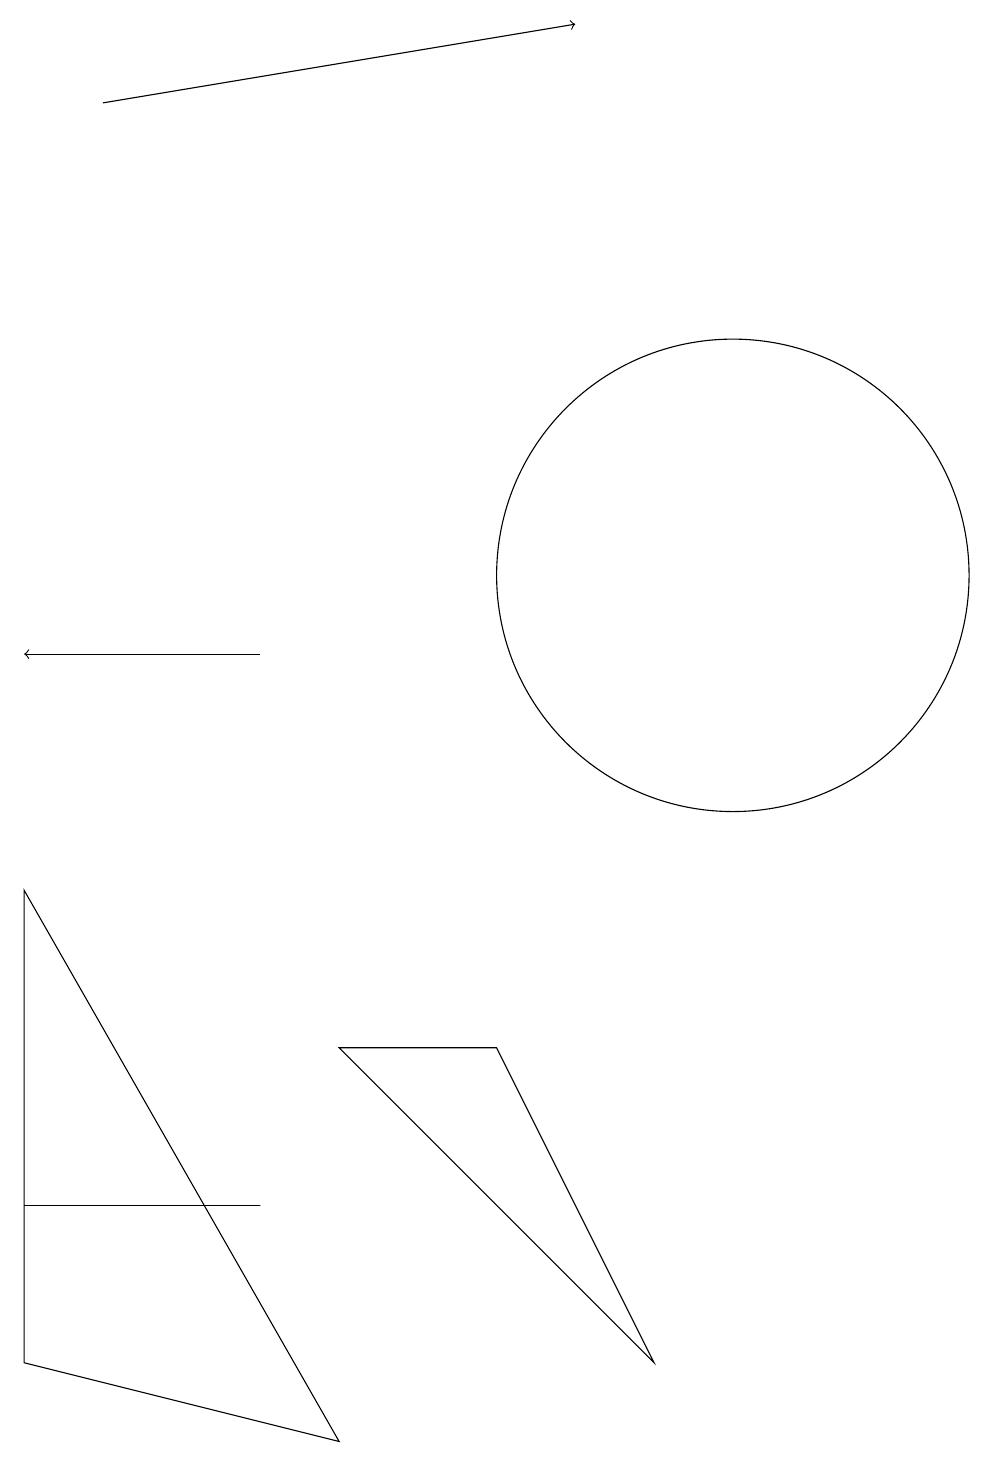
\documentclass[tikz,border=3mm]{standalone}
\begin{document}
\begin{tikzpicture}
\draw[->] (2,17) -- (8,18);
\draw[->] (4,10) -- (1,10);
\draw (1,3) -- (4,3) -- (2,3) -- cycle;
\draw (5,5) -- (7,5) -- (9,1) -- cycle;
\draw (10,11) circle (3);
\draw (1,7) -- (5,0) -- (1,1) -- cycle;
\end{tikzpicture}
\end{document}